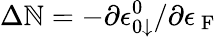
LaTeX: \Delta\mathbb{N}=-\partial\epsilon_{0\downarrow}^{0}/\partial\epsilon_{\mathrm{{~F~}}}